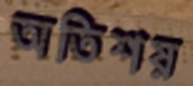
অতিশয়